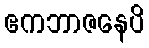
ဧကဘာဇနေပိ